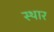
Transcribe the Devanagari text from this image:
स्थार